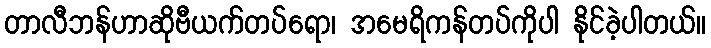
တာလီဘန်ဟာဆိုဗီယက်တပ်ရော၊ အမေရိကန်တပ်ကိုပါ နိုင်ခဲ့ပါတယ်။